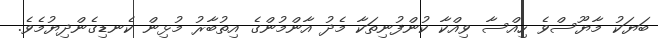
ބަޔަކު މާޔޫސްވެ ހިއްސާ ވިއްކާ ކުންފުނިތަކާ މެދު އާންމުންގެ އިތުބާރު މުޅިން ކެނޑިގެންދިޔުމެވެ.